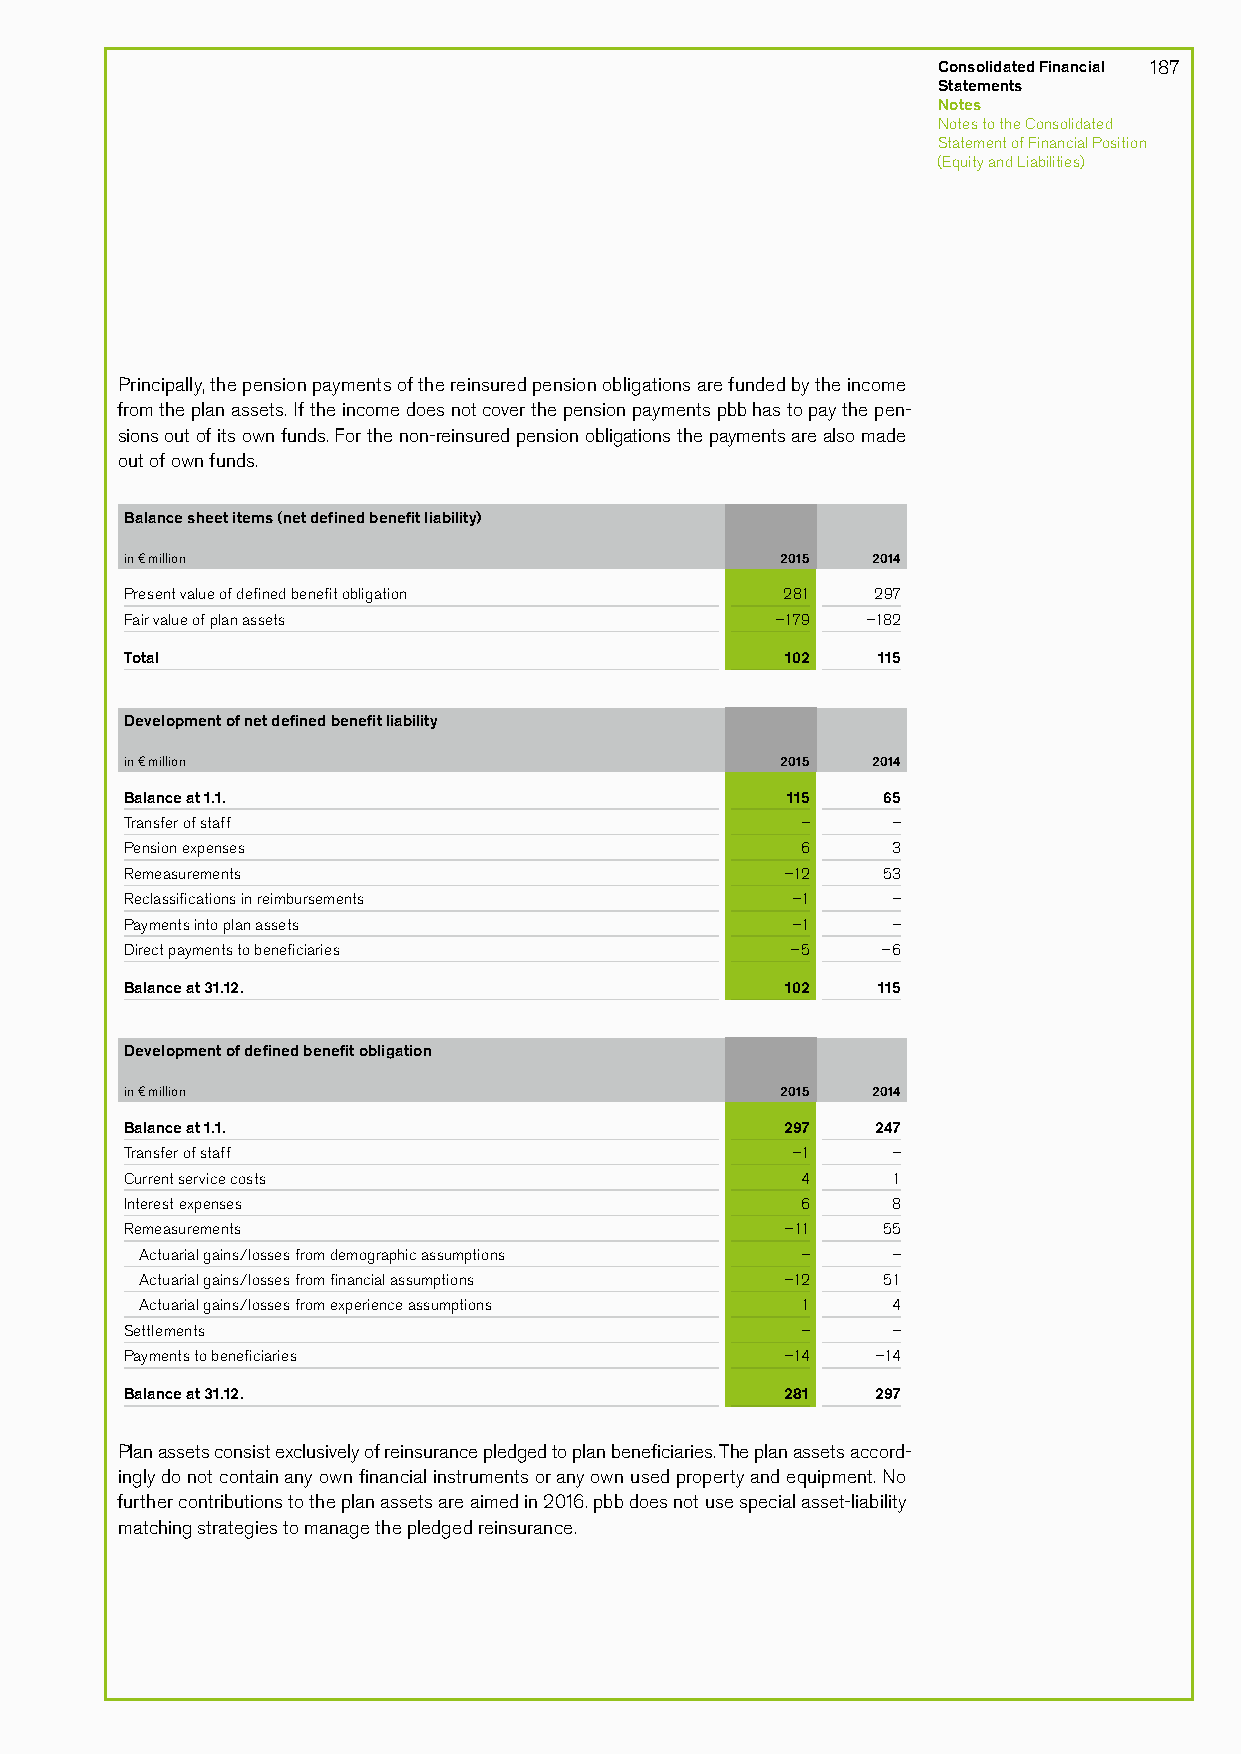
Consolidated Financial 187
 Statements
 Notes
 Notes to the Consolidated
 Statement of Financial Position
 (Equity and Liabilities)
 Principally, the pension payments of the reinsured pension obligations are funded by the income
 from the plan assets. If the income does not cover the pension payments pbb has to pay the pen­
 sions out of its own funds. For the non­reinsured pension obligations the payments are also made
 out of own funds.
 Balance sheet items (net defined benefit liability)
 in € million                                2015  2014
 Present value of defined benefit obligation 281   297
 Fair value of plan assets                  –179  –182
 Total                                       102   115
 Development of net defined benefit liability
 in € million                                2015  2014
 Balance at 1.1.                             115   65
 Transfer of staff                            –     –
 Pension expenses                             6     3
 Remeasurements                              –12   53
 Reclassifications in reimbursements         –1     –
 Payments into plan assets                   –1     –
 Direct payments to beneficiaries            –5    –6
 Balance at 31.12.                           102   115
 Development of defined benefit obligation
 in € million                                2015  2014
 Balance at 1.1.                             297   247
 Transfer of staff                           –1     –
 Current service costs                        4     1
 Interest expenses                            6     8
 Remeasurements                              –11   55
 Actuarial gains/losses from demographic assumptions – –
 Actuarial gains/losses from financial assumptions –12 51
 Actuarial gains/losses from experience assumptions 1 4
 Settlements                                  –     –
 Payments to beneficiaries                   –14   –14
 Balance at 31.12.                           281   297
 Plan assets consist exclusively of reinsurance pledged to plan beneficiaries. The plan assets accord­
 ingly do not contain any own financial instruments or any own used property and equipment. No
 further contributions to the plan assets are aimed in 2016. pbb does not use special asset­liability
 matching strategies to manage the pledged reinsurance.